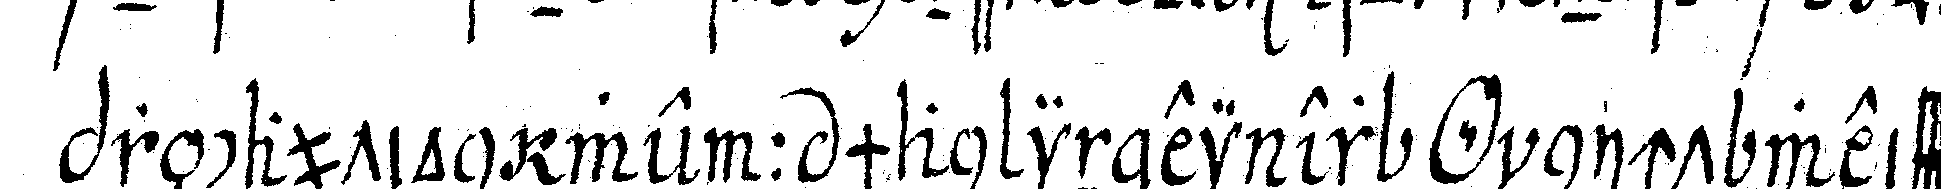
präcaution wenn man in einer *o* nicht weiss